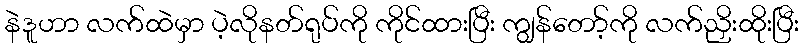
နဲဒူဟာ လက်ထဲမှာ ပဲ့လိုနတ်ရုပ်ကို ကိုင်ထားပြီး ကျွန်တော့်ကို လက်ညှိးထိုးပြီး